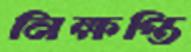
নিক্ষপ্তি